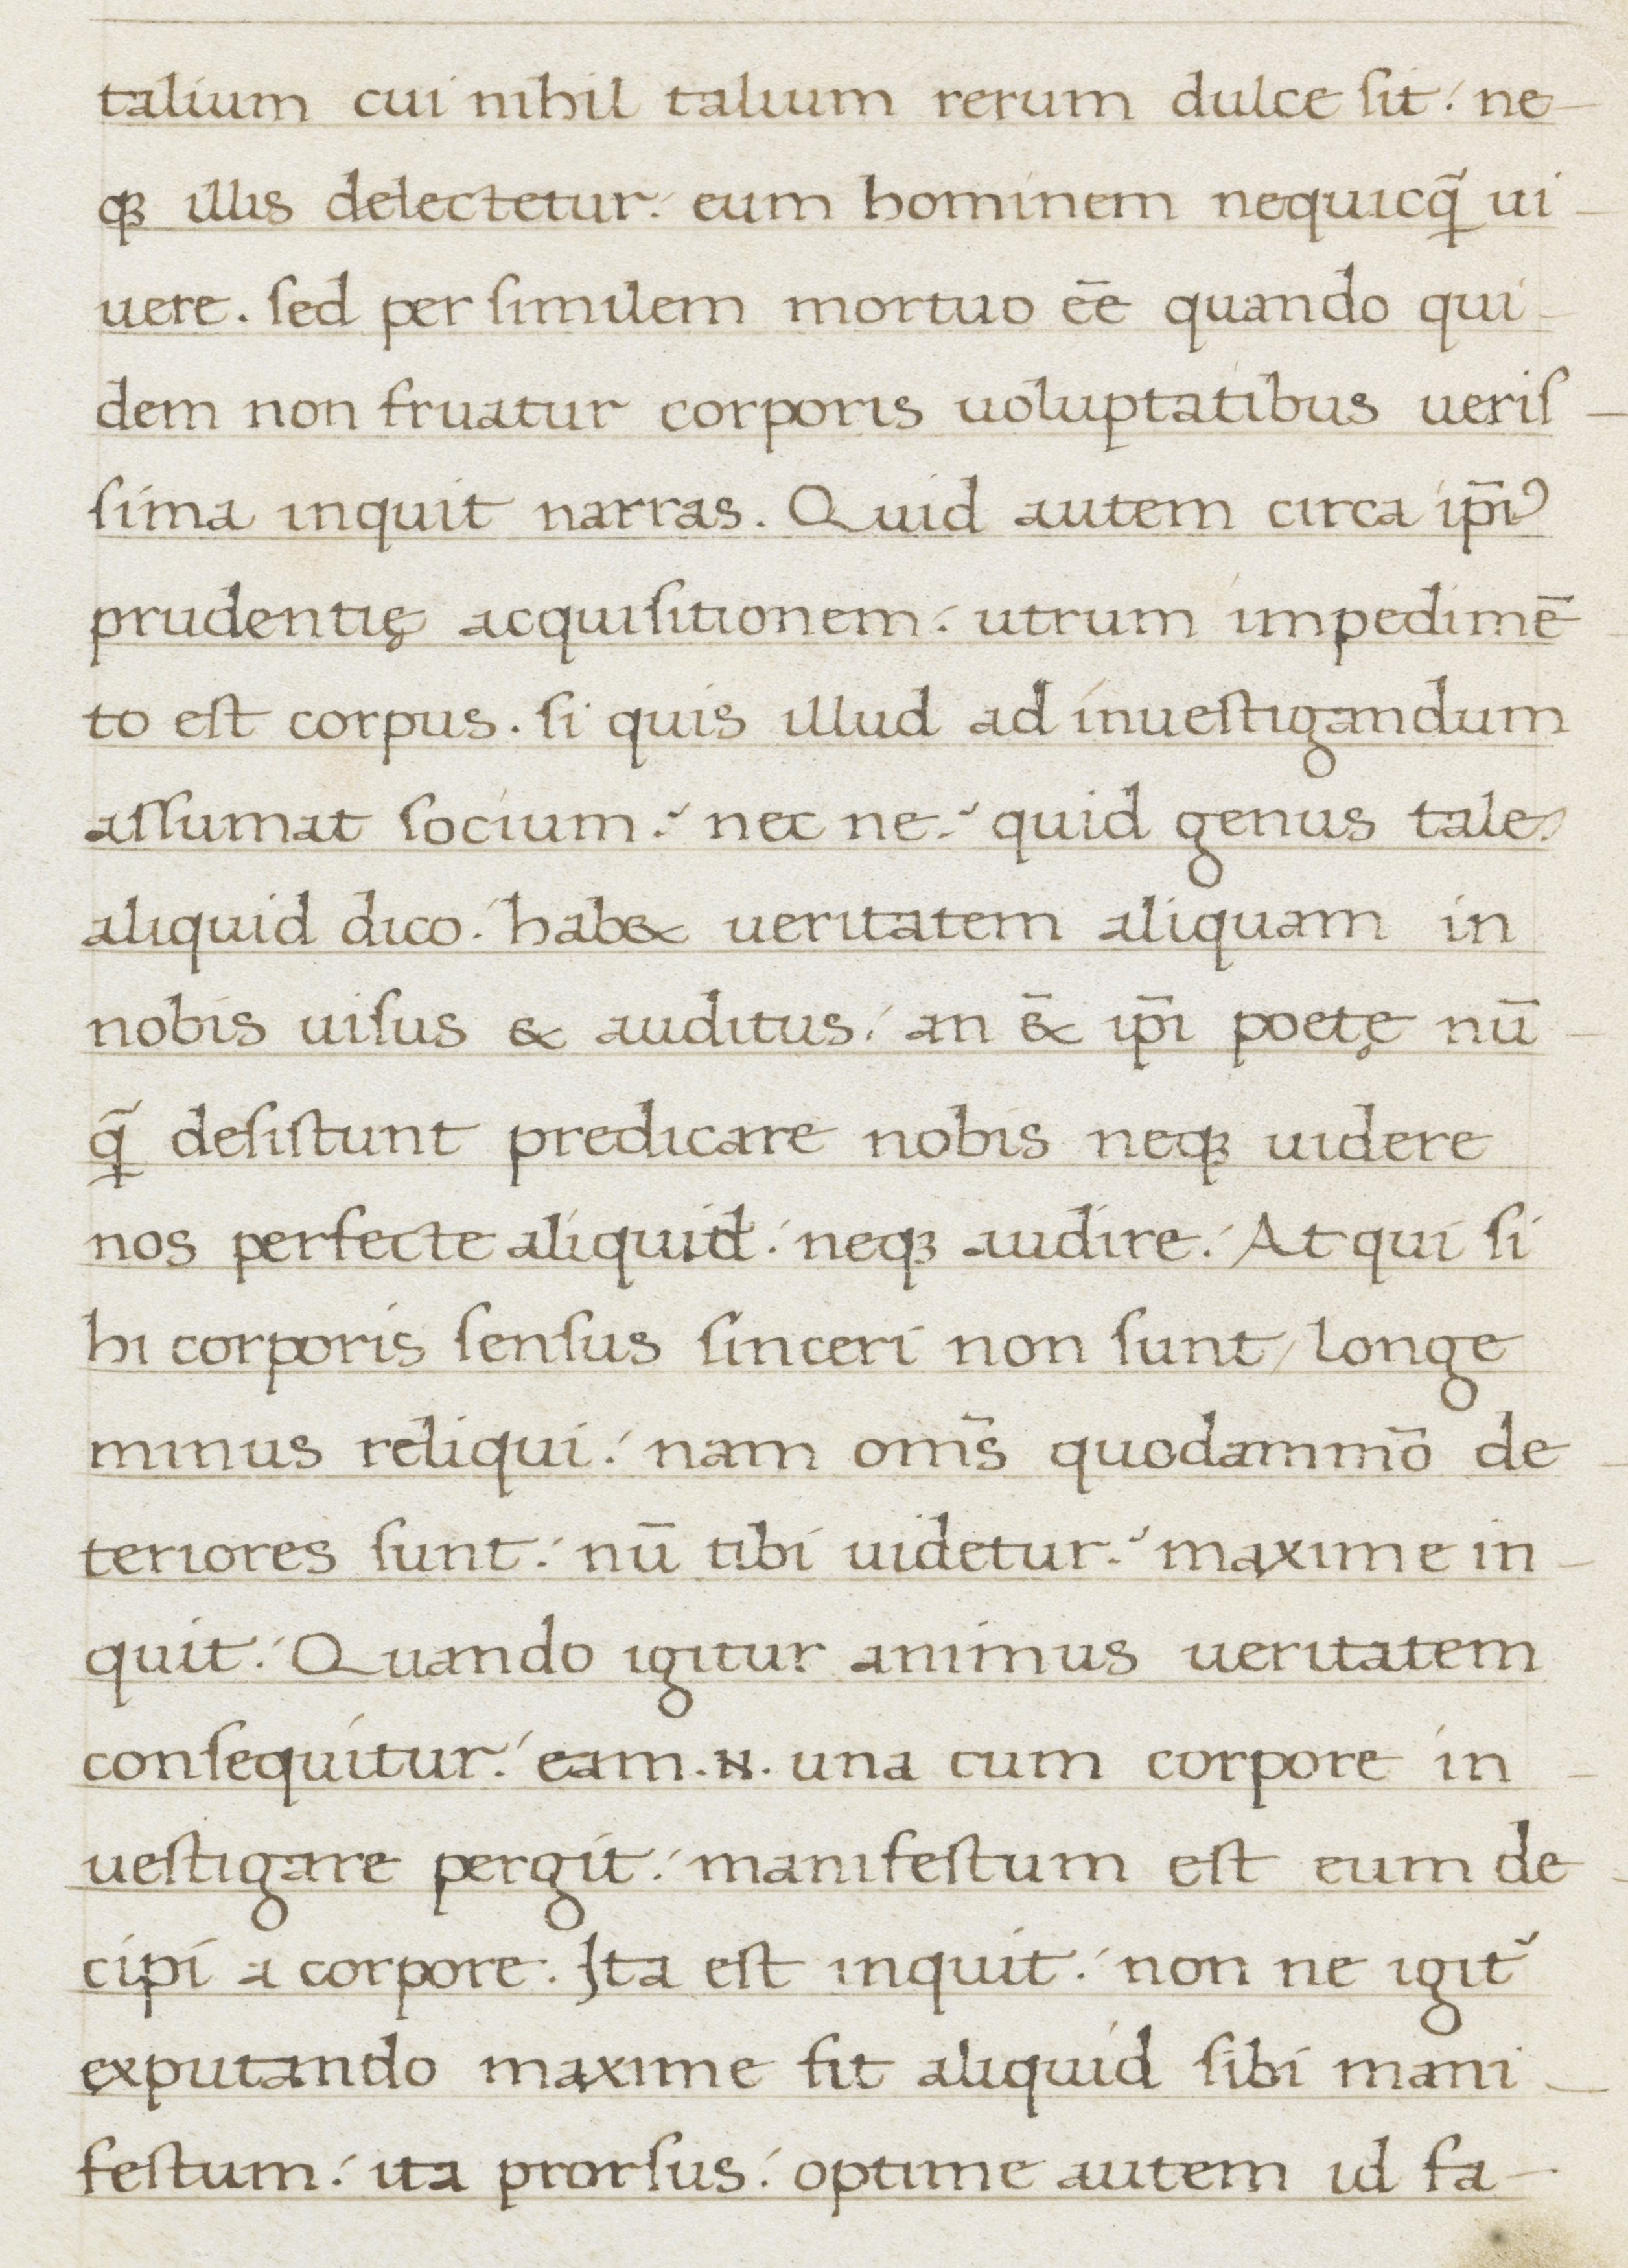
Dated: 1400–1499